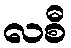
လစီ